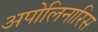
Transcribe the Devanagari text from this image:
अपोलिनारिस